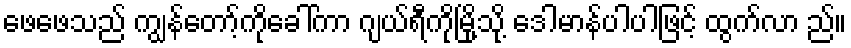
ဖေဖေသည် ကျွန်တော့်ကိုခေါ်ကာ ဂျယ်ရီကိုမြို့သို့ ဒေါမာန်ပါပါဖြင့် ထွက်လာ ည်။